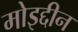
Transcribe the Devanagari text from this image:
मोइद्दीन